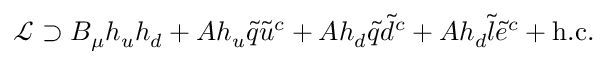
{ \mathcal { L } } \supset B _ { \mu } h _ { u } h _ { d } + A h _ { u } { \tilde { q } } { \tilde { u } } ^ { c } + A h _ { d } { \tilde { q } } { \tilde { d } } ^ { c } + A h _ { d } { \tilde { l } } { \tilde { e } } ^ { c } + { \mathrm { h . c . } }